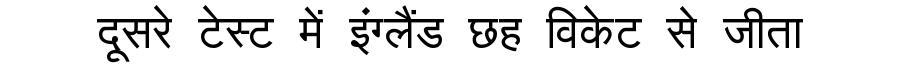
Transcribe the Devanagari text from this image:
दूसरे टेस्ट में इंग्लैंड छह विकेट से जीता